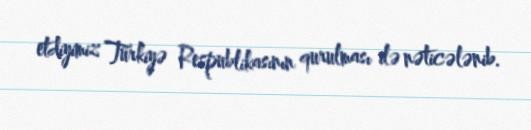
etdiyimiz Türkiyə Respublikasının qurulması ilə nəticələnib.